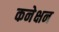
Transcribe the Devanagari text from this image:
कनेक्षन